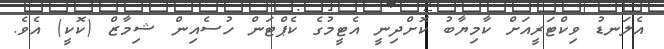
އެލަނޑު ވިކްޓަރީއަށް ކާމިޔާބު ކޮށްދިނީ އެޓީމުގެ ކެޕްޓަން ހުސެއިން ޝިމާޒް (ކޮކީ) އެވެ.